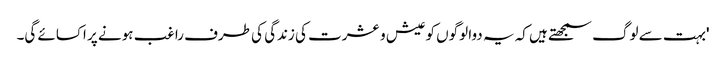
'بہت سے لوگ سمجھتے ہیں کہ یہ دوا لوگوں کو عیش و عشرت کی زندگی کی طرف راغب ہونے پر اکسائے گی۔